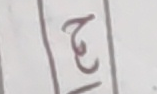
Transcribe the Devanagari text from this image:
३